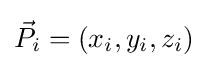
{\vec {P}}_{i}=(x_{i},y_{i},z_{i})